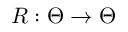
R : \Theta \to \Theta